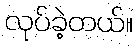
လုပ်ခဲ့တယ်။